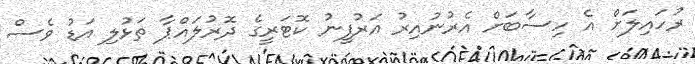
ރުހައިލަށް އެ ހިސާބަށް އެރުނުއިރު އަރުފީނު ކޮޓަރީގެ ދޮރުލައްޕާ ތަޅުލި އަޑު ވެސް